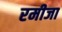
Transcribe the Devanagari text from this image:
रमीजा